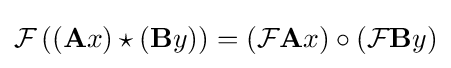
{\mathcal {F}}\left((\mathbf {A} x)\star (\mathbf {B} y)\right)=({\mathcal {F}}\mathbf {A} x)\circ ({\mathcal {F}}\mathbf {B} y)